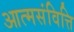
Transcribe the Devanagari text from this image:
आत्मसंवित्ति